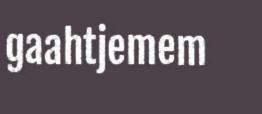
gaahtjemem